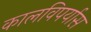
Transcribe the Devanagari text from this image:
कालविपर्यास